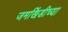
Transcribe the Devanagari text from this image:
जमखिंडीच्या